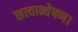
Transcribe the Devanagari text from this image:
सत्यान्वेषण।